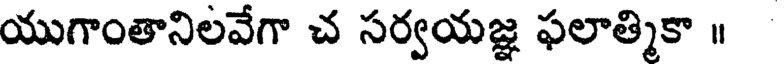
యుగాంతానిలవేగా చ సర్వయజ్ఞ ఫలాత్మికా ॥